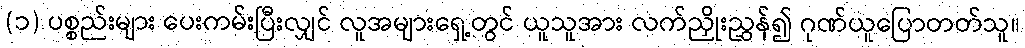
(၁) ပစ္စည်းများ ပေးကမ်းပြီးလျှင် လူအများရှေ့တွင် ယူသူအား လက်ညှိုးညွှန်၍ ဂုဏ်ယူပြောတတ်သူ။